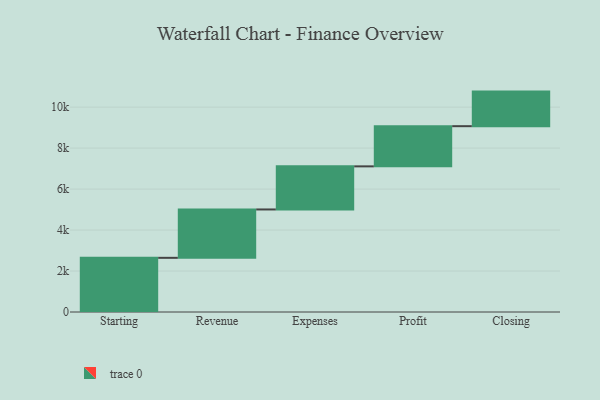
{"axis": {"x": "Step", "y": "Value"}, "legend": [""], "data": [{"x": "Starting", "y": 2644.0, "type": ""}, {"x": "Revenue", "y": 2361.0, "type": ""}, {"x": "Expenses", "y": 2104.0, "type": ""}, {"x": "Profit", "y": 1961.0, "type": ""}, {"x": "Closing", "y": 1688.0, "type": ""}]}